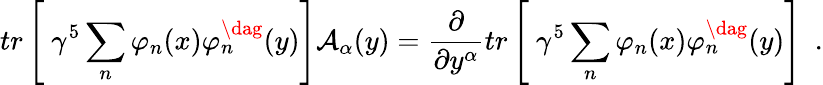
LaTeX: tr\left[\ \gamma^{5}\sum_{n}\varphi_{n}(x)\varphi_{n}^{\dag}(y)\right]{\cal A}_{\alpha}(y)=\frac{\partial}{\partial y^{\alpha}}tr\left[\ \gamma^{5}\sum_{n}\varphi_{n}(x)\varphi_{n}^{\dag}(y)\right]\ \ .